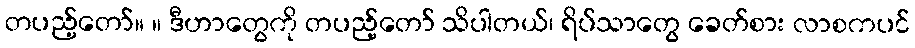
တပည့်တော်။ ။ ဒီဟာတွေကို တပည့်တော် သိပါတယ်၊ ရိပ်သာတွေ ခေတ်စား လာစကပင်